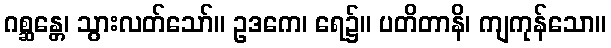
ဂစ္ဆန္တေ၊ သွားလတ်သော်။ ဥဒကေ၊ ရေ၌။ ပတိတာနိ၊ ကျကုန်သော။